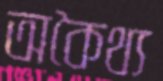
অকৈথ্য